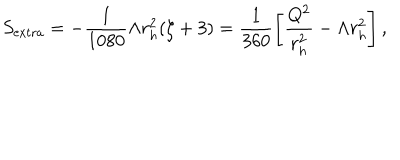
LaTeX: S _ { \mathrm { { e x t r a } } } = - \frac { 1 } { 1 0 8 0 } \Lambda r _ { h } ^ { 2 } ( \zeta + 3 ) = \frac { 1 } { 3 6 0 } \left[ \frac { Q ^ { 2 } } { r _ { h } ^ { 2 } } - \Lambda r _ { h } ^ { 2 } \right] ,